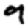
Digit: 9